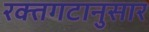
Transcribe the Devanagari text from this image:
रक्तगटानुसार